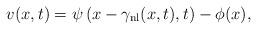
LaTeX: \begin{align*} v(x,t) = \psi\left(x - \gamma_{\mathrm{nl}}(x,t),t\right) - \phi(x),\end{align*}